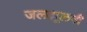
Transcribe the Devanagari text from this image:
जलझूलनी